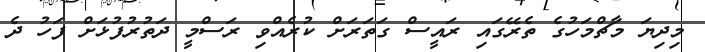
މިދިޔަ މާޗްމަހުގެ ތެރޭގައި ރައީސް ގަތަރަށް ކުރެއްވި ރަސްމީ ދަތުރުފުޅަށް ފަހު ދެ